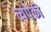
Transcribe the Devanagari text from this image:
त्यंपैकी